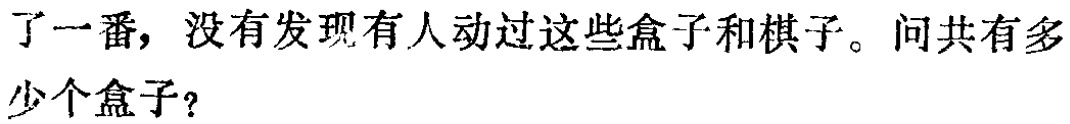
了一番，没有发现有人动过这些盒子和棋子。问共有多少个盒子？